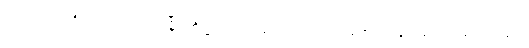
ဆုတ်ယုတ်ပုံကို လည်းကောင်း၊ မြို့ပြတို့၌လည်း အရောင်း အဝယ် မကောင်းလျှင် ဆွမ်းအခက်အခဲတွေ